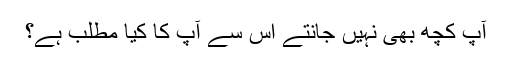
آپ کچھ بهى نہیں جانتے اس سے آپ کا کیا مطلب ہے؟